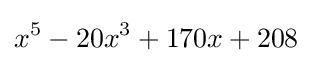
x^{5}-20x^{3}+170x+208